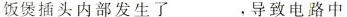
饭煲插头内部发生了___，导致电路中